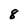
Character: 8